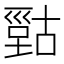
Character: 𰈫